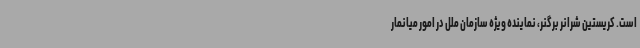
است. کریستین شرانر برگنر، نماینده ویژه سازمان ملل در امور میانمار